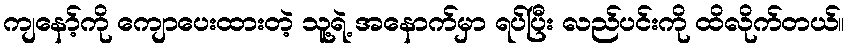
ကျနော့်ကို ကျောပေးထားတဲ့ သူ့ရဲ့ အနောက်မှာ ရပ်ပြီး လည်ပင်းကို ထိလိုက်တယ်။